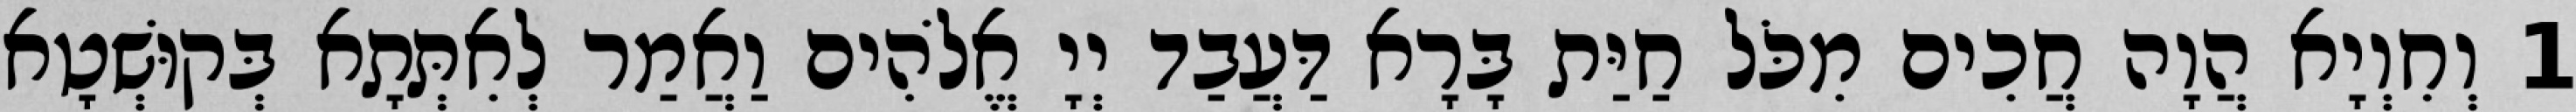
1 וְחִוְיָא הֲוָה חֲכִים מִכֹּל חַיַּת בָּרָא דַּעֲבַד יְיָ אֱלֹהִים וַאֲמַר לְאִתְּתָא בְּקוּשְׁטָא